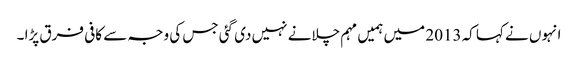
انہوں نے کہا کہ 2013 میں ہمیں مہم چلانے نہیں دی گئی جس کی وجہ سے کافی فرق پڑا ۔